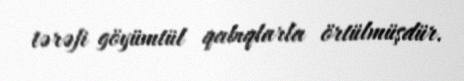
tərəfi göyümtül qabıqlarla örtülmüşdür.